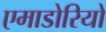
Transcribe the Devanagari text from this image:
एमाडोरियो